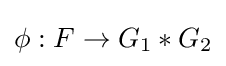
\phi :F\rightarrow G_{1}\ast G_{2}